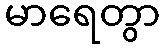
မာရေတွာ